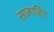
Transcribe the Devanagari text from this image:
सामानित